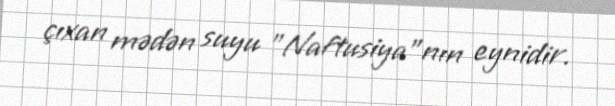
çıxan mədən suyu "Naftusiya"nın eynidir.